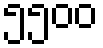
၅၅၀၀